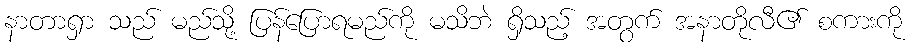
နာတာရှာ သည် မည်သို့ ပြန်ပြောရမည်ကို မသိဘဲ ရှိသည့် အတွက် အနာတိုလီ၏ စကားကို